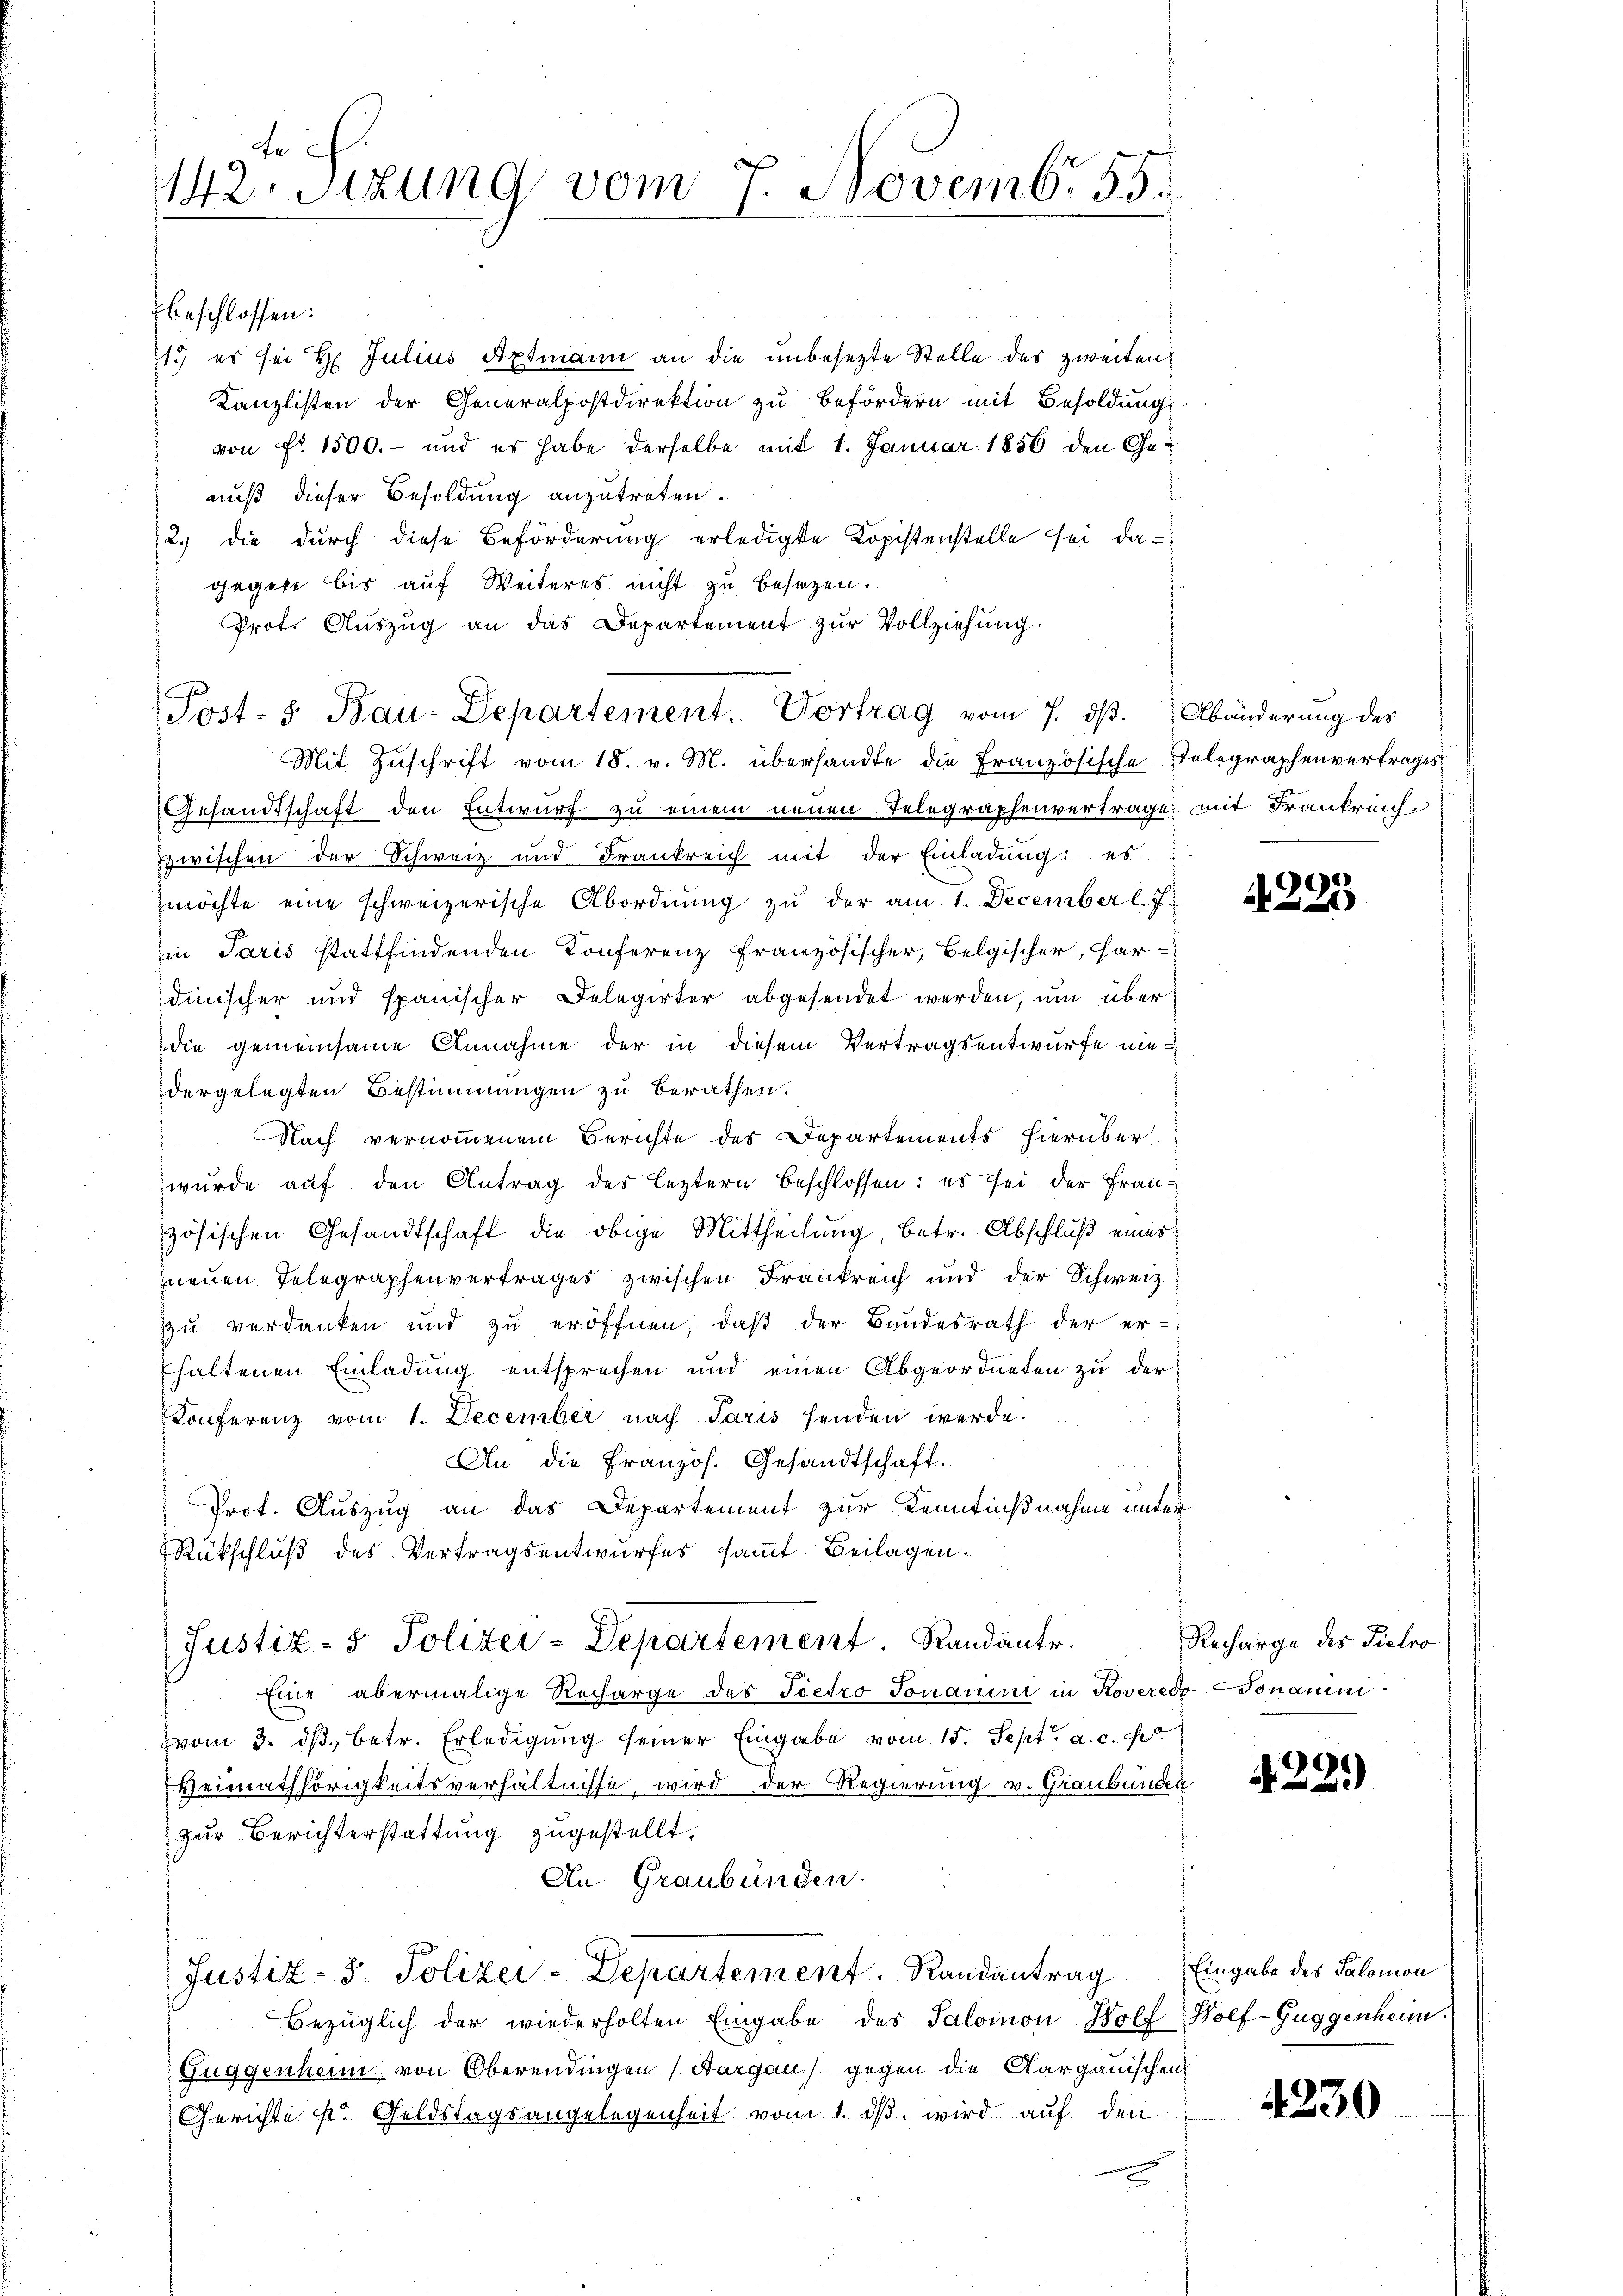
142. Sizung vom 7. Novemb. 55.

117 es sei H. Julius Aptmann an die unbesezte Stelle des zweiten
Kanzlisten der Generalpostdirektion zu Befördern mit Besoldung
von Fr. 1500.- und es habe derselbe mit 1. Januar 1856 den Genuß dieser Besoldung anzutreten.
2.) die durch diese Beförderung erledigte Kopistenstelle sei dagegen bis auf Weiteres nicht zu besagen.
Prot. Aŭszŭg an das Departement zŭr Vollziehŭng.
Mit Zuschrift vom 18. v. M. übersandte die Französische Telegraphenvertrages
Gesandtschaft den Entwurf zu einem neuen Telegraphenvertrage mit Frankreich
zwischen der Schweiz und Frankreich mit der Einladung: es
möchte eine schweizerische Abordnung zu der am 1. December l. J.
in Paris stattfindenden Konferenz französischer, Belgischer, har-
dinischer und spanischer Delegirter abgesendet werden, um überdie gemeinsame Annahme der in diesem Vertragsentwurfe niedergelegten Bestimmungen zu berathen.
 Nach vernommenem Berichte des Departements hierüber
wurde auf den Antrag des leztern beschlossen: es sei der Frauzösischen Gesandtschaft die obige Mittheilung, betr. Abschluß eines
neuen Telegraphenvertrages zwischen Frankreich und der Schweiz
zu verdanken und zu eröffnen, daß der Bundesrath der er-
haltenen Einladung entsprechen und einen Abgeordneten zu der
Konferenz vom 1. December nach Paris senden werde.
An die Französ. Gesandtschaft.

Prot. Auszug an das Departement zur Kenntnißnahme unter
Rückschluß des Vertragsentwurfes sammt. Beilagen.
Justiz- & Polizei-Departement. Randante.
Eine abermalige Recharge des Tietro Jonanini in Roveredo Donauini
vom 3. dβ, betr. Erledigung seiner Eingabe vom 15. Sept. a. c. p
Heimathörigkeitsverhältnisse wird der Regierung v. Graubünden
zur Berichterstattung zugestellt,
An Graubünden.
Justiz- 5. Polizei-Departement. Randantrag
Bezüglich der wiederholten Eingabe des Salomon Wolf Wolf-Guggenheim.
Guggenheim von Oberendingen (Aargau) gegen die Aargauischen
Gerichte ist Geldstagsangelegenheit vom 1. dβ wird auf den
a

beschlossen:

Post- 5. Bau-Departement. Vortrag vom 7. dβ. Abänderung des

A. 225

Recharge des Pietro

22.)

Eingabe des Salomon

4230